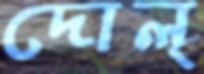
দোল্‌